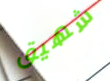
شهيق